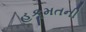
હકૂમતની